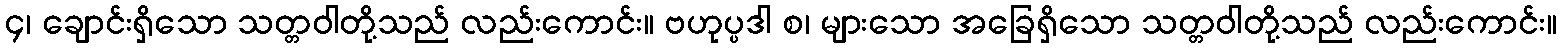
၄၊ ချောင်းရှိသော သတ္တဝါတို့သည် လည်းကောင်း။ ဗဟုပ္ပဒါ စ၊ များသော အခြေရှိသော သတ္တဝါတို့သည် လည်းကောင်း။